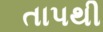
તાપથી